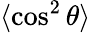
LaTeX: \langle\cos^{2}\theta\rangle